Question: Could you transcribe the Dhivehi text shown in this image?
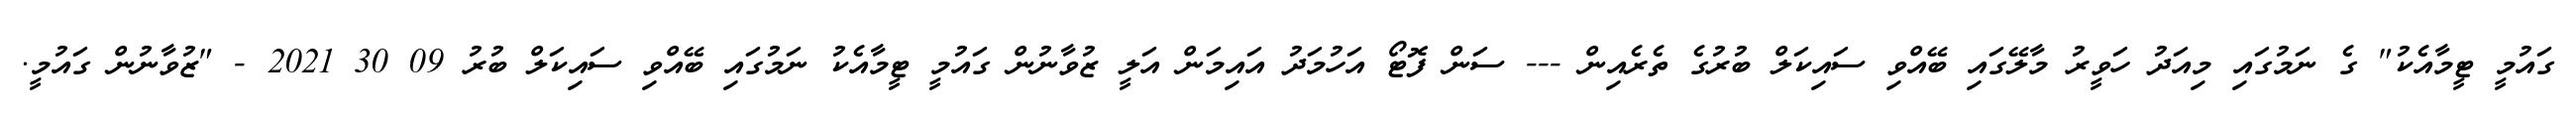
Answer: ގައުމީ ޓީމާއެކު" ގެ ނަމުގައި މިއަދު ހަވީރު މާލޭގައި ބޭއްވި ސައިކަލް ބުރުގެ ތެރެއިން --- ސަން ފޮޓޯ އަހުމަދު އައިމަން އަލީ ޒުވާނުން ގައުމީ ޓީމާއެކު ނަމުގައި ބޭއްވި ސައިކަލް ބުރު 09 30 2021 - "ޒުވާނުން ގައުމީ.